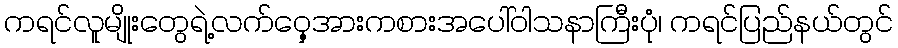
ကရင်လူမျိုးတွေရဲ့လက်ဝှေ့အားကစားအပေါ်ဝါသနာကြီးပုံ၊ ကရင်ပြည်နယ်တွင်